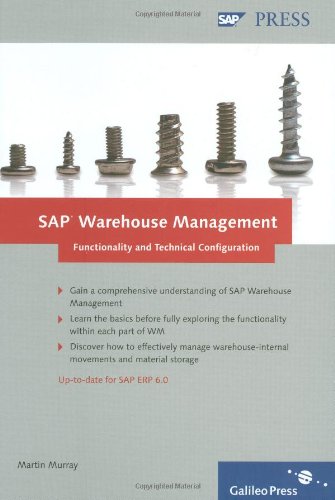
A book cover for SAP Warehouse Management: Functionality and Technical Configuration: A single point of reference for SAP Warehouse Management; Martin Murray; Business & Money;